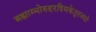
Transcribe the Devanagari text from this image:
ब्रह्माम्भोरुहरश्मिकेतुरनघो